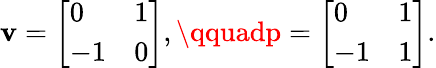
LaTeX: \mathbf{v}={\left[\begin{array}{ll}{0}&{1}\\ {-1}&{0}\end{array}\right]},\qquadp={\left[\begin{array}{ll}{0}&{1}\\ {-1}&{1}\end{array}\right]}.